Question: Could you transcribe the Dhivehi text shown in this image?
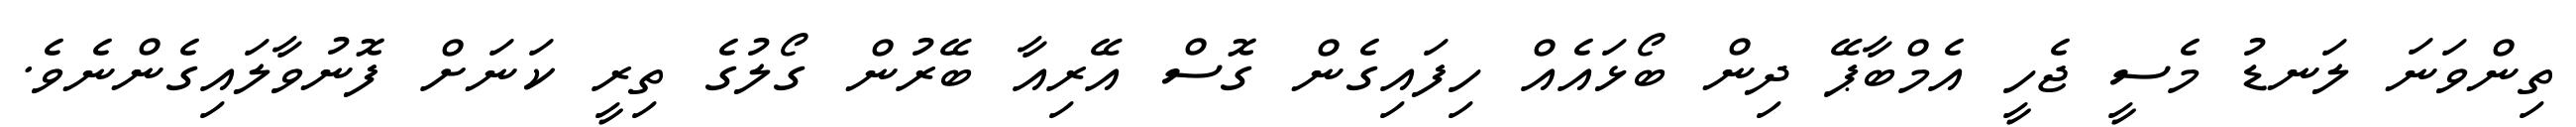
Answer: ތިންވަނަ ލަނޑު މެސީ ޖެހީ އެމްބާޕޭ ދިން ބޯޅައެއް ހިފައިގެން ގޮސް އޭރިއާ ބޭރުން ގޯލުގެ ތިރީ ކަނަށް ފޮނުވާލައިގެންނެވެ.